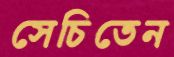
সেচিতেন